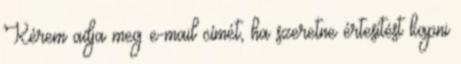
Kérem adja meg e-mail címét, ha szeretne értesítést kapni